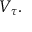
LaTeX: V _ { \tau } .